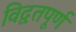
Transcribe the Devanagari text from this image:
विद्वतपूर्ण